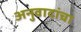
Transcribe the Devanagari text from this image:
अनुवादांचा